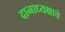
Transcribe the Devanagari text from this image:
दानाध्यक्षाचे